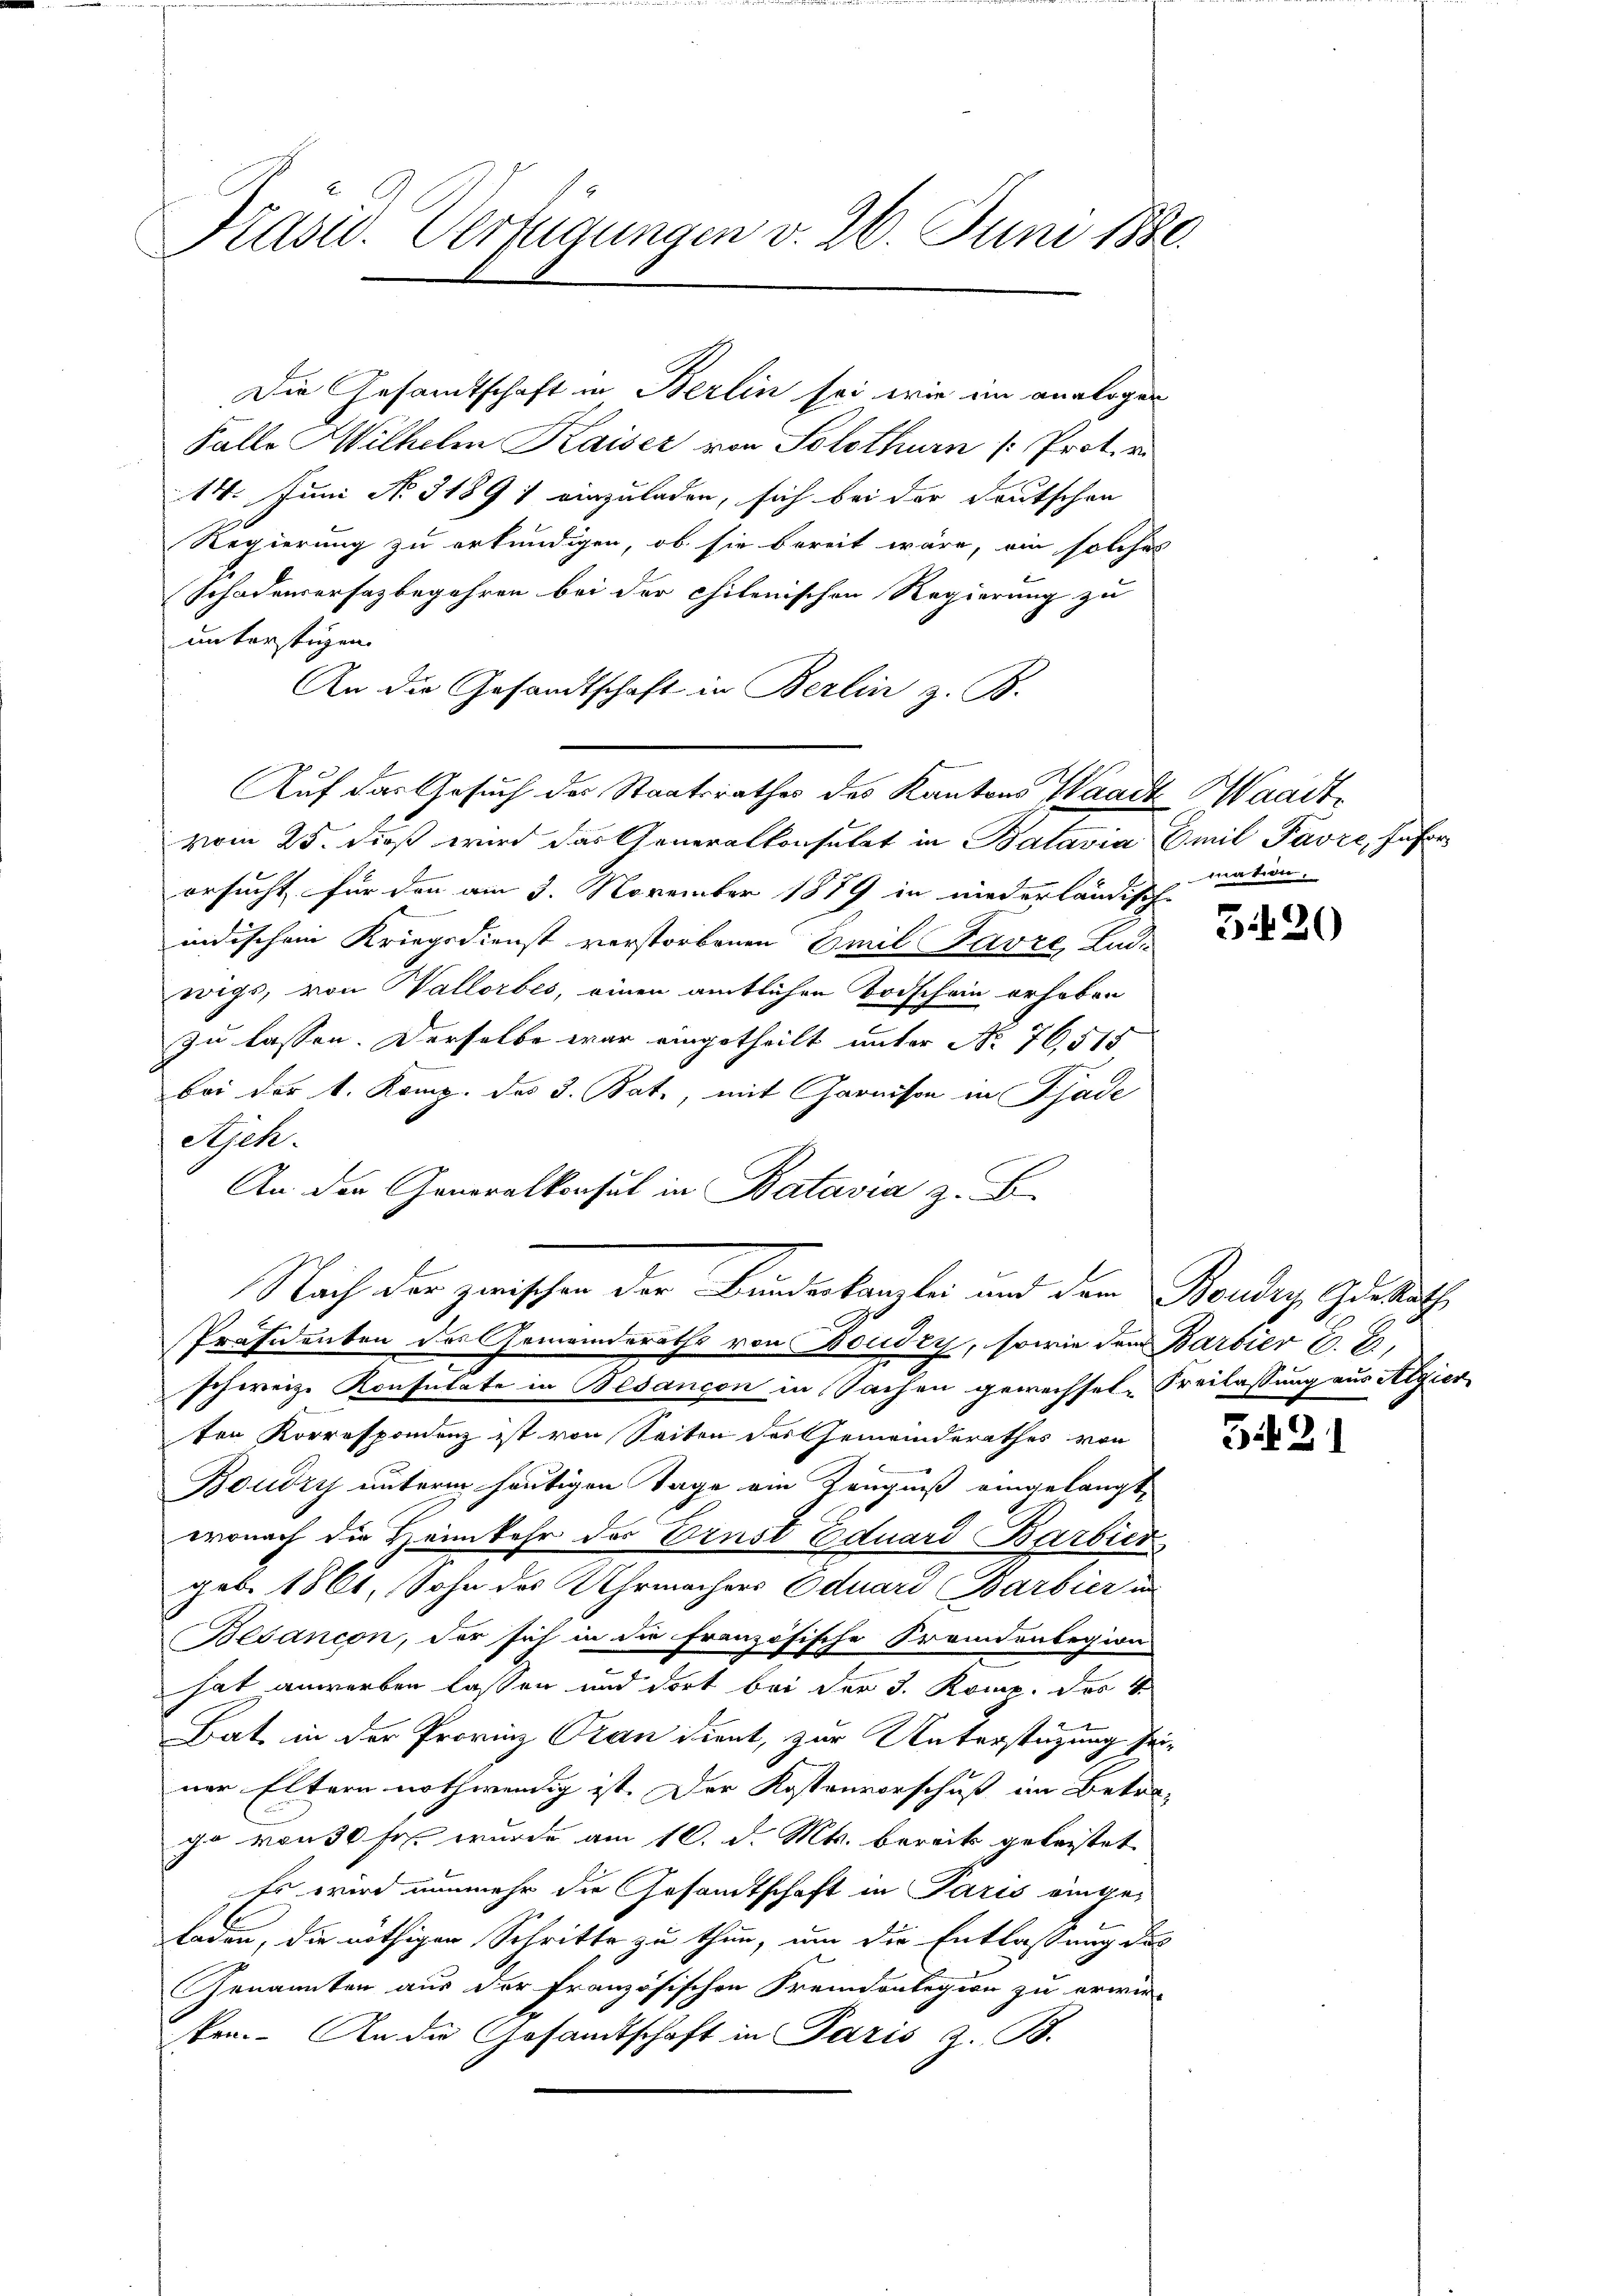
Präsid. Verfügungen v. 26. Juni 1880.

Falle Hilhelm Kaiser von Solothurn /: Protori
14. Juni No 31891 einzuladen, sich bei der Deutschen
Regierung zu erkundigen, ob sie bereit wäre, ein solches
Schadensersazbegehren bei der chilenischen Regierung zu
unterstützen.
An die Gesandtschaft in Berlin z. B.
Auf das Gesuch der Staatsrathes des Kantons Waadt Waadt
vom 25. dieß wird das Generalkonsulat in Batavia Emil Favre, Jahr
ersucht für den am 3. November 1889 in niederländische
indischem Kriegsdienst verstorbenen Emil Favre, Ludwigs, von Wallorbes, einen amtlichen Todschein erheben
zu lassen. Derselbe war eingetheilt unter No. 76,515
bei der k. Komp. des 3. Bat., mit Garnison in Pjade
Ajek.
An der Generalkonsul in Batavia z. B.
Präsidenten des Gemeinderaths von Boudry, sowie dem Barbier E. E.
schweiz. Konsulate in Besancon in Sachen gewechsel-Freilassung aus Algier
ten Korrespondenz ist von Seiten des Gemeinderathes von
Boudry unterm heutigen Tage ein Zeugniß eingelangt,
wonach die Heimkehr des Ernst Eduard Barbier
geb. 1861, Sohn des Uhrmachers Eduard Barbier un
Besançon, der sich in die französische Fremdenlegion
hat anwerben lassen und dort bei der 3. Komme. Das
Bat. in der Provinz Oran dient, zur Unterstützung seiner Eltern nothwendig ist. Der Kostenvorschuß im Betrago von 30 Fr. wurde am 10. d. Mts. bereits geleistet
Es wird nunmehr die Gesandtschaft in Paris eingeladen, die nöthigen Schritte zu thun, um die Entlassung des
Genannten aus der französischen Freundenlegion zu erwir-
ten. An die Gesandtschaft in Paris z. B.

Die Gesamtschaft in Berlin sei, wie im analoger

Nach der zwischen der Bundeskanzlei und den Bonder, derath

mation.

320

3491